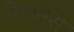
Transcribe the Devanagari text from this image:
दिखनेसे